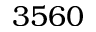
3 5 6 0